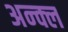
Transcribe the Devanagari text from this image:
अन्क्ल